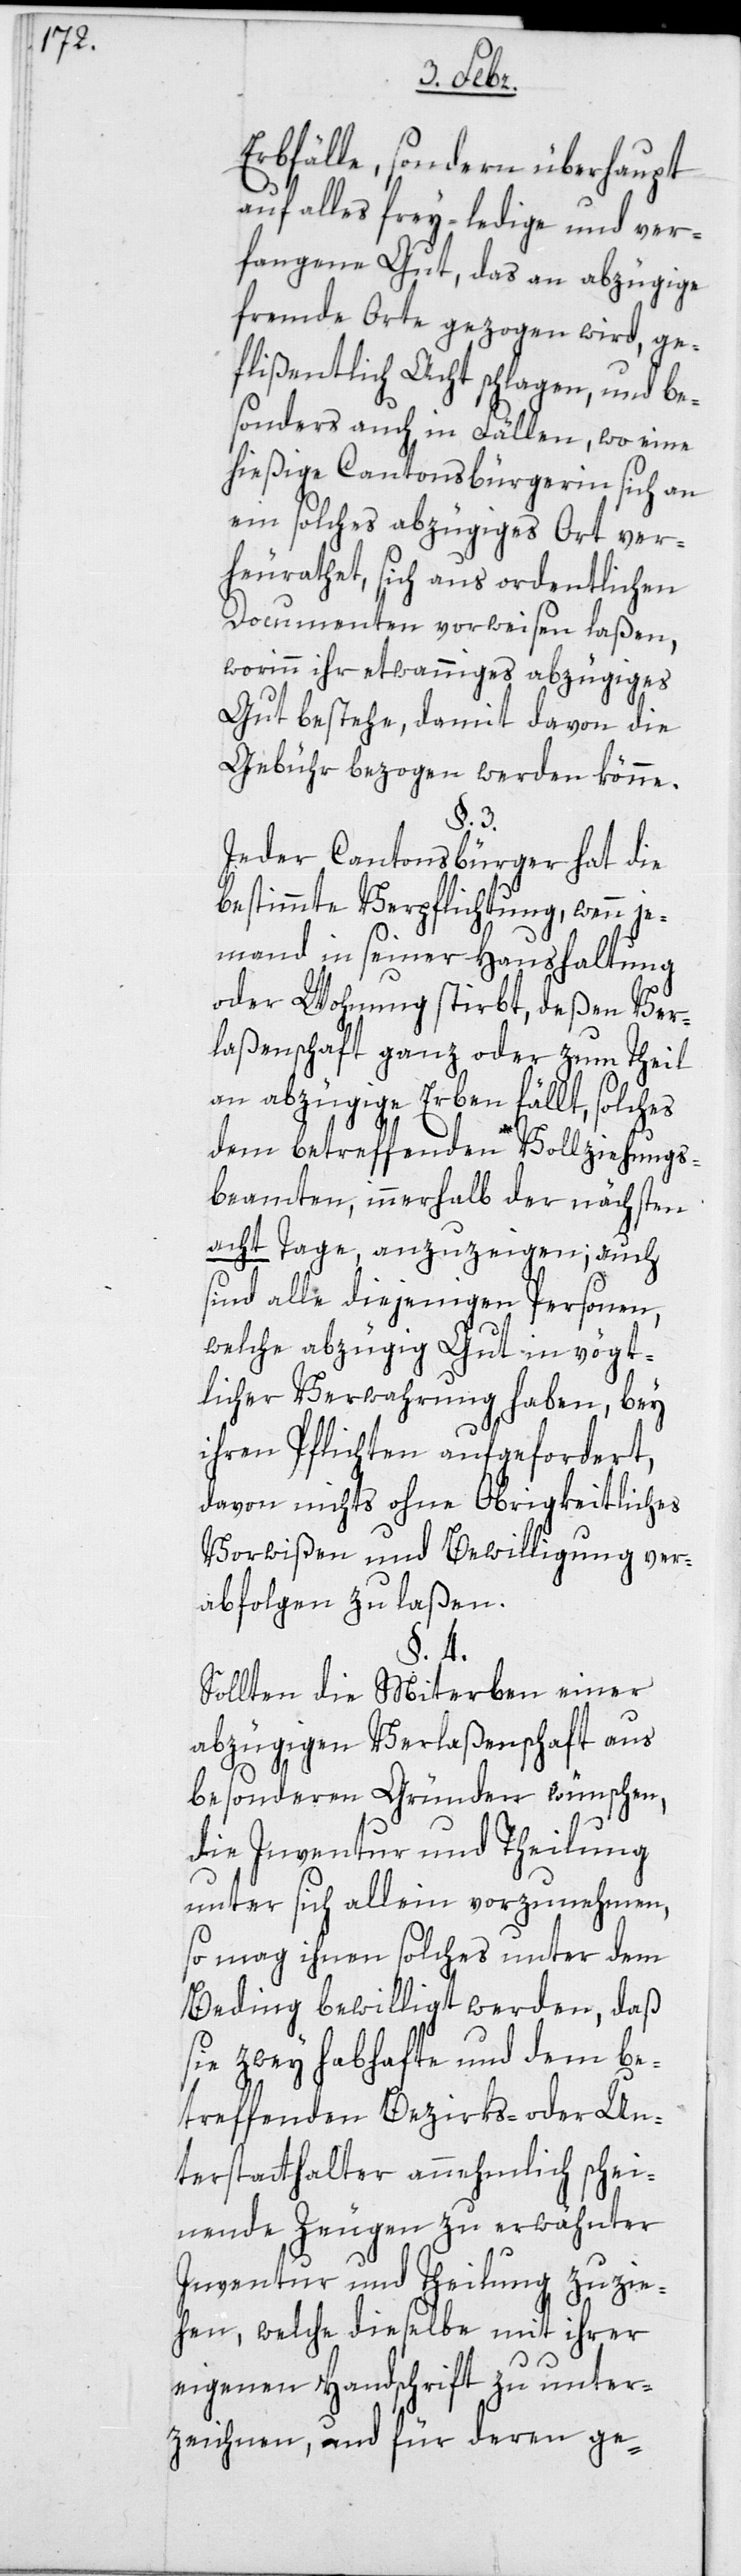
Erbfälle, sondern überhaupt
auf alles frey-ledige und ver¬
fangene Gut, das an abzügige
fremde Orte gezogen wird, ge¬
flißentlich Acht schlagen, und be¬
sonders auch in Fällen, wo eine
hießige Cantonsbürgerin sich an
ein solches abzügiges Ort ver¬
heirathet, sich aus ordentlichen
Documenten vorweisen laßen,
worin ihr etwanniges abzügiges
Gut bestehe, damit davon die
Gebühr bezogen werden könne.
§. 3.
Jeder Cantonsbürger hat die
bestimmte Verpflichtung, wenn je¬
mand in seiner Haushaltung
oder Wohnung stirbt, deßen Ver¬
laßenschaft ganz oder zum Theil
an abzügige Erben fällt, solches
dem betreffenden Vollziehungs¬
beamten, innerhalb der nächsten
acht Tage anzuzeigen; auch
sind alle diejenigen Personen,
welche abzügig Gut in vögt¬
licher Verwahrung haben, bey
ihren Pflichten aufgefordert,
davon nichts ohne Obrigkeitliches
Vorwißen und Bewilligung ver¬
abfolgen zu laßen.
§. 4.
Sollten die Miterben einer
abzügigen Verlaßenschaft aus
besondern Gründen wünschen,
die Inventur und Theilung
unter sich allein vorzunehmen,
so mag ihnen solches unter dem
Beding bewilligt werden, daß
sie zwey habhafte und dem be¬
treffenden Bezirks- oder Un¬
terstatthalter annehmlich schei¬
nende Zeugen zu erwähnter
Inventur und Theilung zuzie¬
hen, welche dieselbe mit ihrer
eigenen Handschrift zu unter¬
zeichnen, und für deren ge-